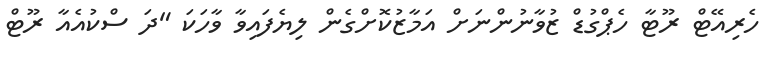
ހެރިއޭޓް ރޫޓާ ހެޕްގުޑް ޒުވާނުންނަށް އަމާޒުކޮށްގެން ލިޔެފައިވާ ވާހަކަ "ދަ ސްކުއެއާ ރޫޓް